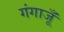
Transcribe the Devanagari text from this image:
गंगाजूँ